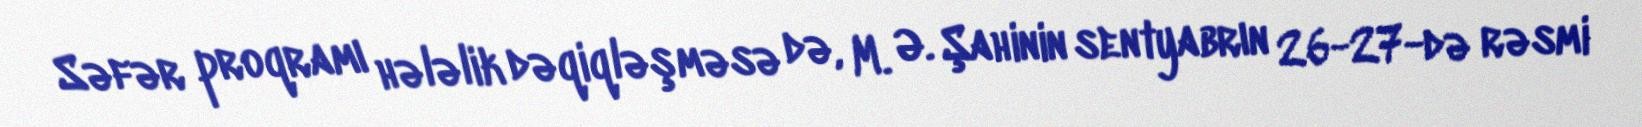
Səfər proqramı hələlik dəqiqləşməsə də, M. Ə. Şahinin sentyabrın 26-27-də rəsmi